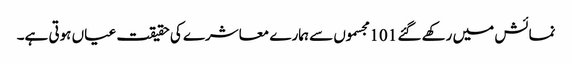
نمائش میں رکھے گئے 101 مجسموں سے ہمارے معاشرے کی حقیقت عیاں ہوتی ہے۔